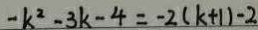
- k ^ { 2 } - 3 k - 4 = - 2 ( k + 1 ) - 2